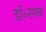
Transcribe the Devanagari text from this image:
डॉ॰रमन